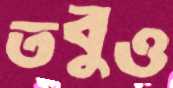
তবুও